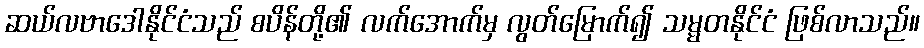
ဆယ်လဗာဒေါနိုင်ငံသည် စပိန်တို့၏ လက်အောက်မှ လွတ်မြောက်၍ သမ္မတနိုင်ငံ ဖြစ်လာသည်။